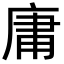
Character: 庸